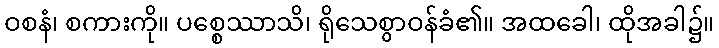
ဝစနံ၊ စကားကို။ ပစ္စေဿာသိ၊ ရိုသေစွာဝန်ခံ၏။ အထခေါ၊ ထိုအခါ၌။